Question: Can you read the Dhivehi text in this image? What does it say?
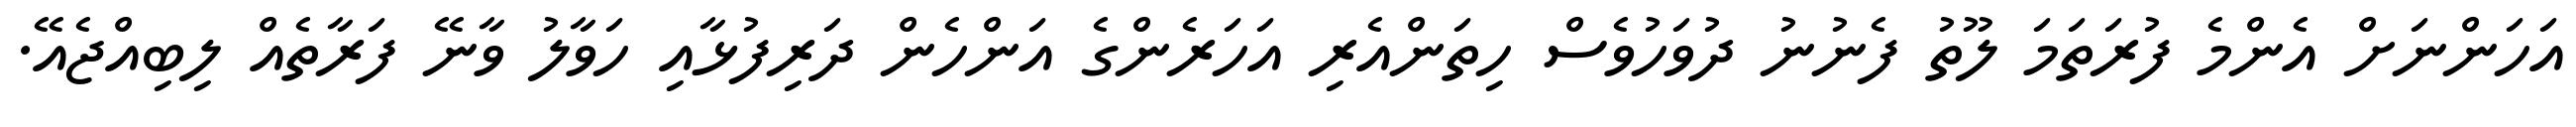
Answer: އަހަންނަށް އެންމެ ފުރަތަމަ ލޫތު ފެނުނު ދުވަހުވެސް ހިތަންއެރި އަހަރެންގެ އަންހެން ދަރިފުޅާއި ހަވާލު ވާނޭ ފަރާތެއް ލިބިއްޖެއޭ.